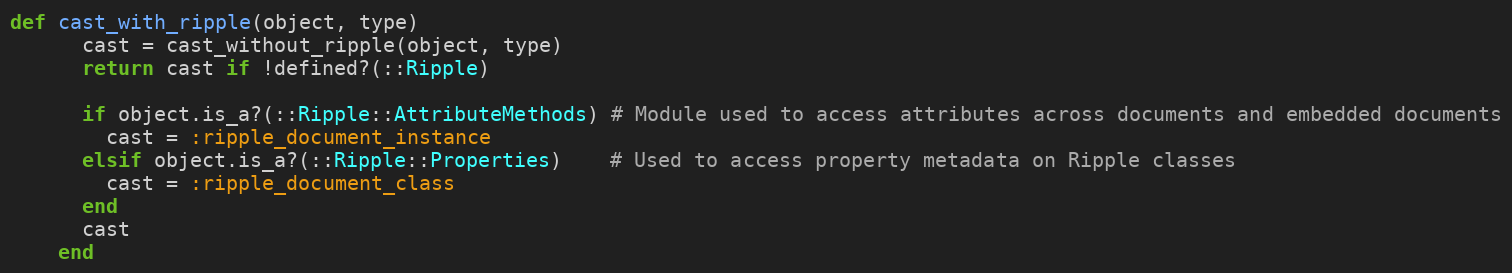
Language: Ruby
def cast_with_ripple(object, type)
      cast = cast_without_ripple(object, type)
      return cast if !defined?(::Ripple)

      if object.is_a?(::Ripple::AttributeMethods) # Module used to access attributes across documents and embedded documents
        cast = :ripple_document_instance
      elsif object.is_a?(::Ripple::Properties)    # Used to access property metadata on Ripple classes
        cast = :ripple_document_class
      end
      cast
    end